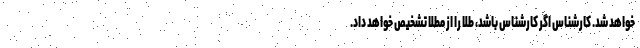
خواهد شد. کارشناس اگر کارشناس باشد، طلا را از مطلا تشخیص خواهد داد.